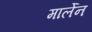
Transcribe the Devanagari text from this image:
मार्लेन